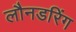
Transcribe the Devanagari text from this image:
लौनडरिंग